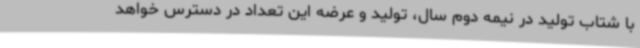
با شتاب تولید در نیمه دوم سال، تولید و عرضه این تعداد در دسترس خواهد